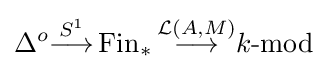
\Delta ^{o}{\overset {S^{1}}{\longrightarrow }}\operatorname {Fin} _{*}{\overset {{\mathcal {L}}(A,M)}{\longrightarrow }}k{\text{-mod}}